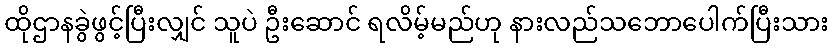
ထိုဌာနခွဲဖွင့်ပြီးလျှင် သူပဲ ဦးဆောင် ရလိမ့်မည်ဟု နားလည်သဘောပေါက်ပြီးသား